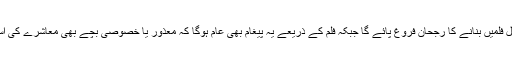
’ساون‘ کے ذریعے پاکستان میں حقیقی کہانیوں پر مشتمل فلمیں بنانے کا رجحان فروغ پائے گا جبکہ فلم کے ذریعے یہ پیغام بھی عام ہوگا کہ معذور یا خصوصی بچے بھی معاشرے کی اسی قدر توجہ کے مستحق ہیں جتنے عام بچے ہوئے ہیں۔